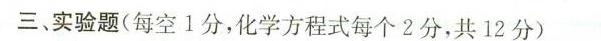
三、实验题(每空1分，化学方程式每个2分，共12分)